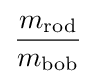
{\frac {m_{\mathrm {rod} }}{m_{\mathrm {bob} }}}